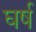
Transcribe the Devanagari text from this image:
घर्ष